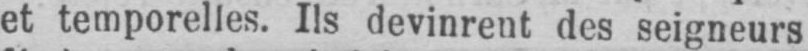
et temporelles. Ils devinrent des seigneurs